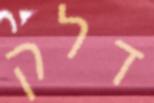
דלק